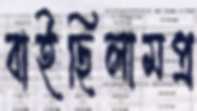
বাইছিলামপ্র